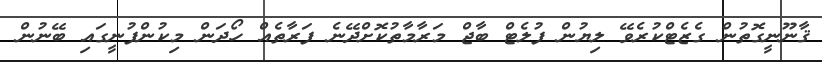
ޤާނޫނީގޮތުން ގެޒެޓްކުރެވޭ ލިޔުން ފުލެޓް ބާޖް މަރާމާތުކޮށްދޭނެ ފަރާތެއް ހޯދަން މިކުންފުނީގައި ބޭނުން